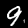
Label: 9